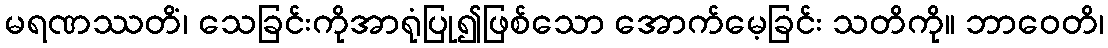
မရဏဿတိံ၊ သေခြင်းကိုအာရုံပြု၍ဖြစ်သော အောက်မေ့ခြင်း သတိကို။ ဘာဝေတိ၊